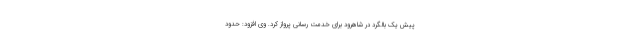
پیش یک بالگرد در شاهرود برای خدمت رسانی پرواز کرد. وی افزود: حدود